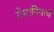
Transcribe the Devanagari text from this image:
रोमानियाचे